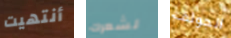
أنتهيت لشعرك الجولف